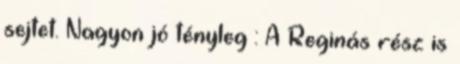
sejtet. Nagyon jó tényleg : A Reginás rész is